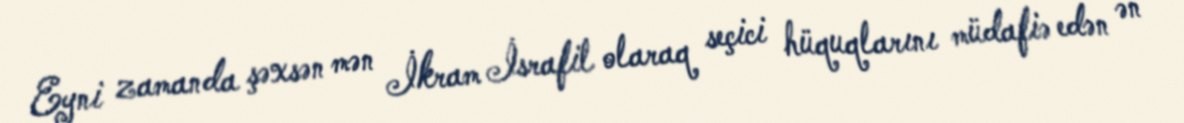
Eyni zamanda şəxsən mən İkram İsrafil olaraq seçici hüquqlarını müdafiə edən ən